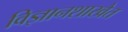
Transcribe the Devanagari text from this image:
विज्ञानशाखेत